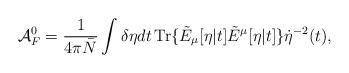
\begin{align*}{\cal A}^0_F = \frac{1}{4\pi \bar{N}} \int \delta \eta dt \,\mbox{\rm Tr} \{\tilde{E}_\mu[\eta|t] \tilde{E}^\mu[\eta|t]\} \dot{\eta}^{-2}(t),\end{align*}